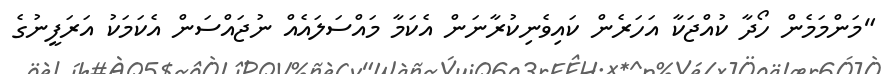
"މަންމަމެން ހޯދާ ކުއްޖަކާ އަހަރެން ކައިވެނިކުރާނަން އެކަމާ މައްސަލައެއް ނުޖައްސަން އެކަމަކު އަރަފީނުގެ